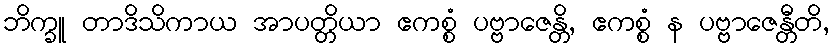
ဘိက္ခူ တာဒိသိကာယ အာပတ္တိယာ ဧကစ္စံ ပဗ္ဗာဇေန္တိ, ဧကစ္စံ န ပဗ္ဗာဇေန္တီတိ,